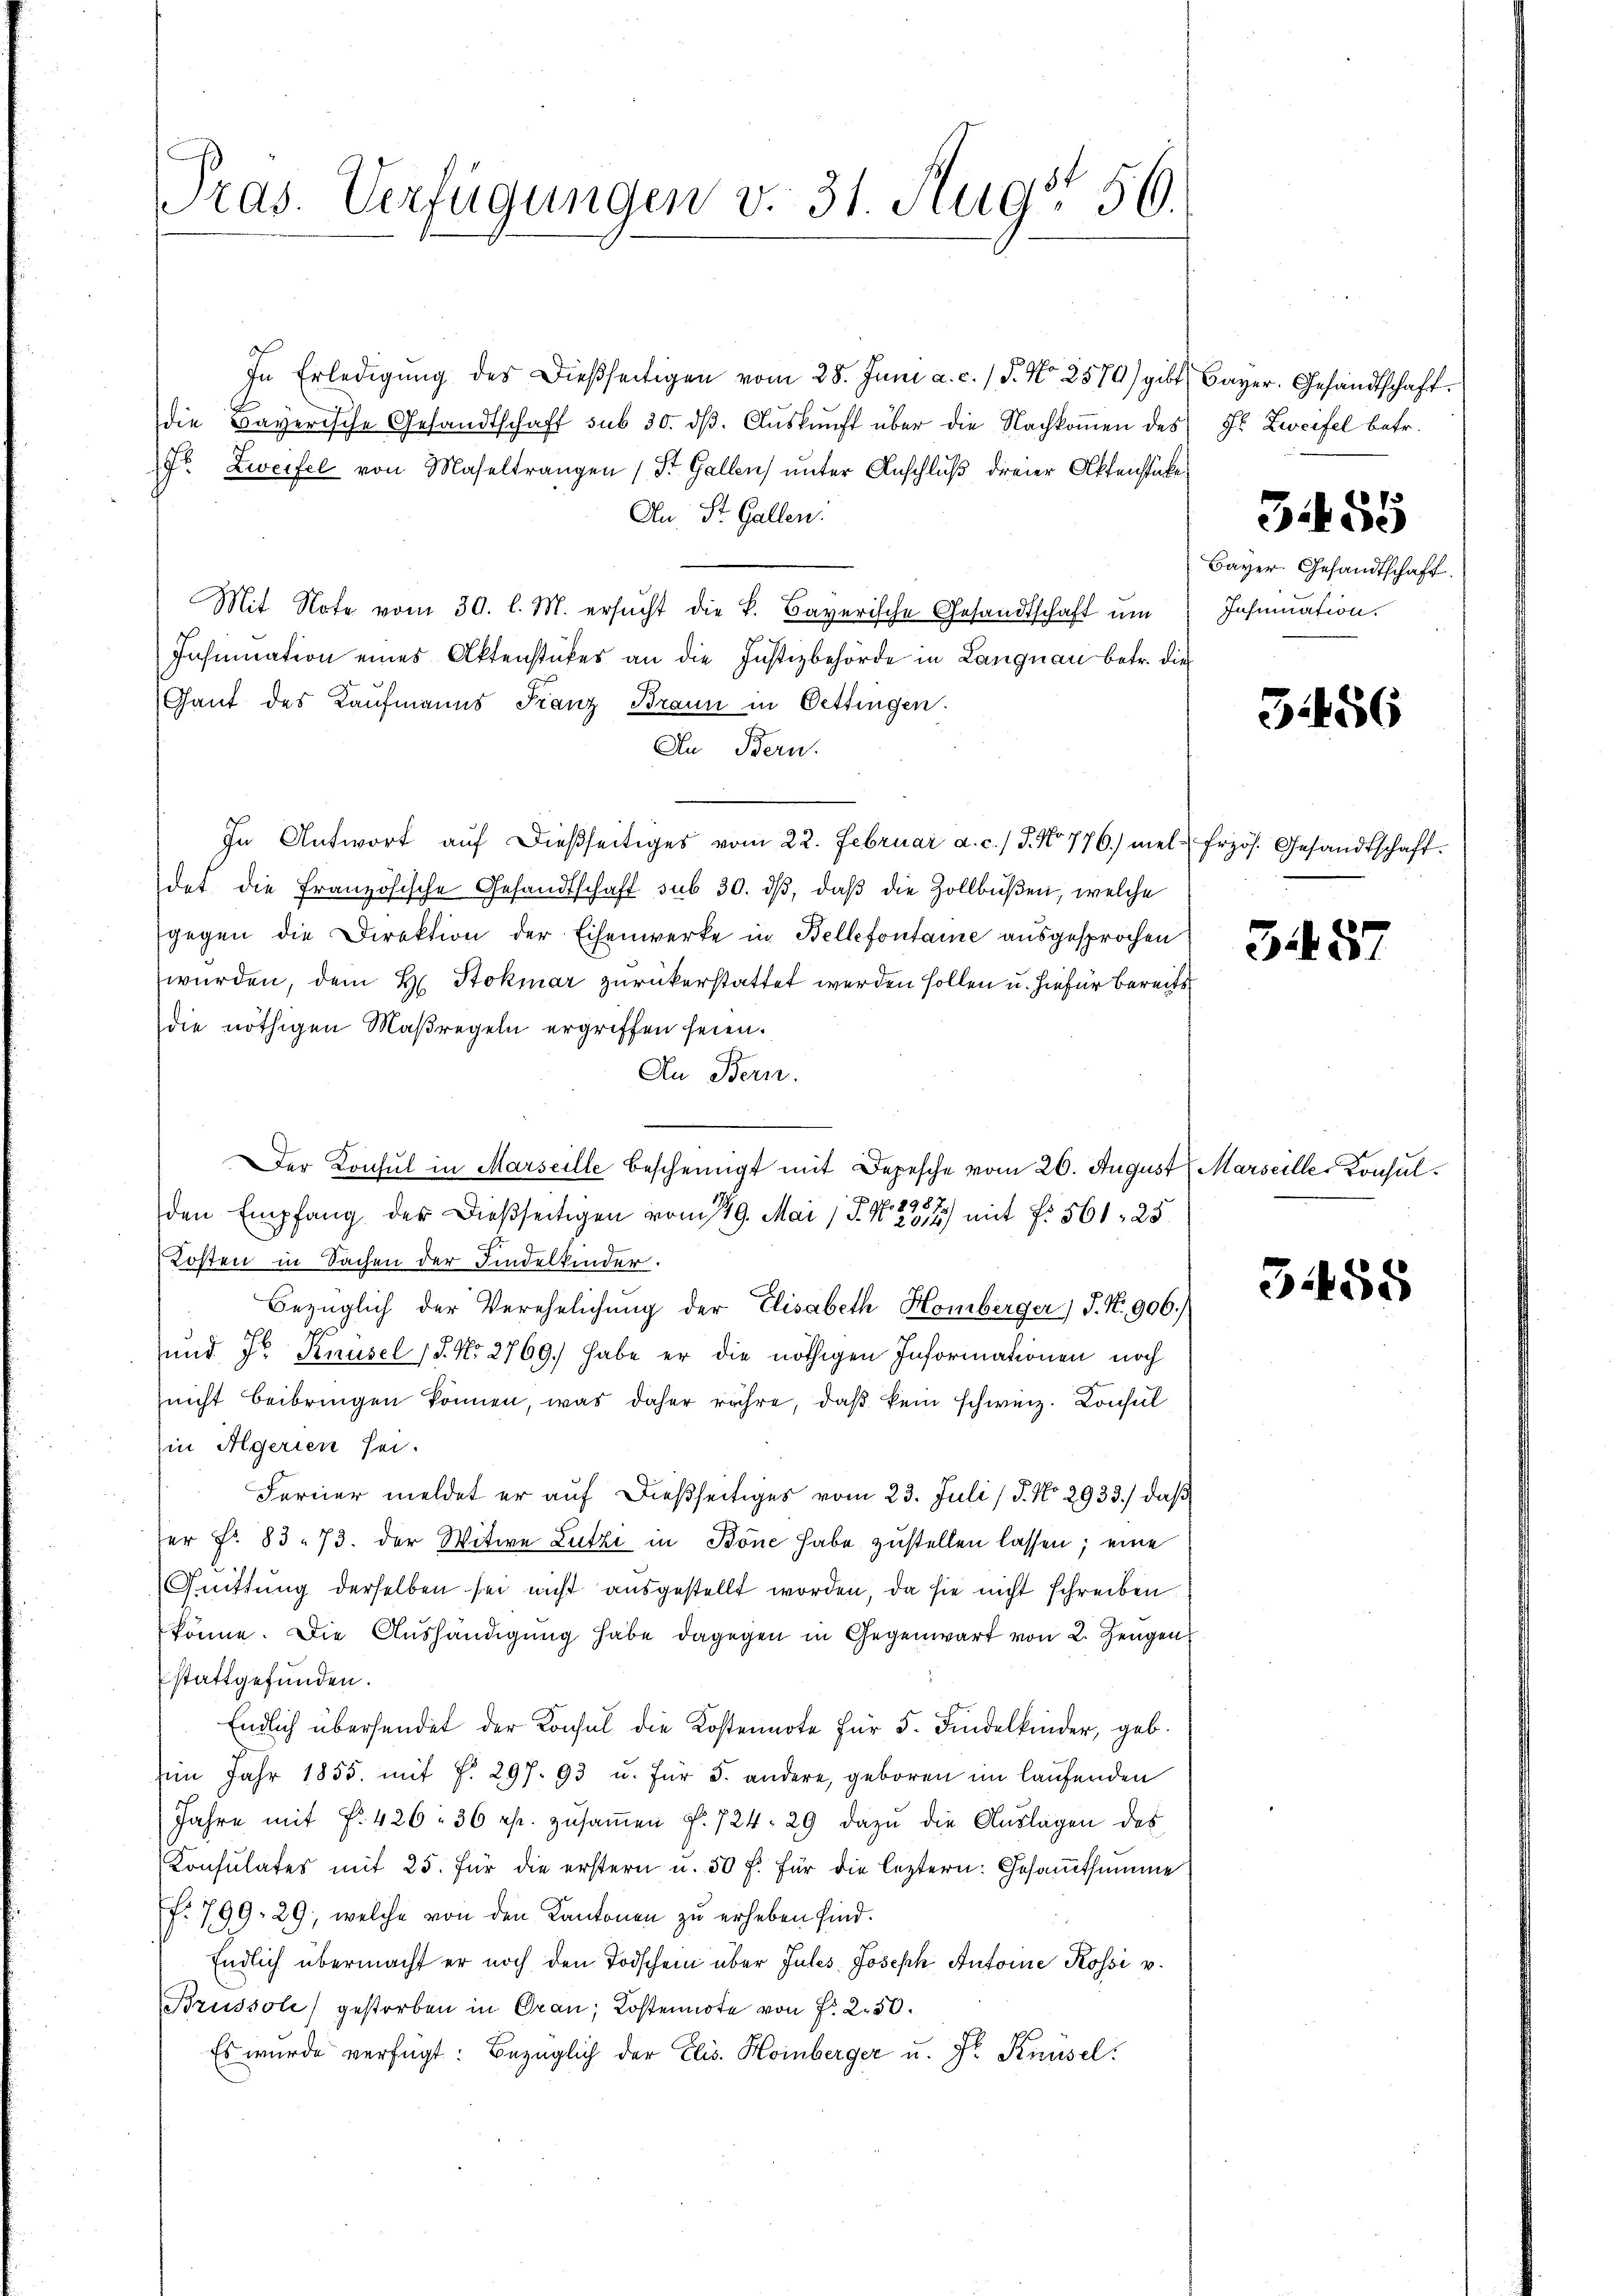
ras. Verfügungen v. 31. Aug' 56.

In Erledigŭng des dießseitigen vom 28. Juni a. c. / P. Nr. 2570) gibt Bayer. Gesandtschaft
die Bayerische Gesandtschaft sub 30. dβ. Aŭskŭnft über die Nachkoṁen des
fr. Zweifel von Maseltrangen (St. Gallen unter Anschluß dreier Aktenstücke
An St. Gallen.
Mit Note vom 30. l. M. ersucht die k. Bayerische Gesandtschaft um
Inhrmation eines Aktenstückes an die Justizbehörde in Langnau betr. die
Gant des Kaufmanns Franz Braun in Oettingen.
In Bern.
In Antwort auf dießseitiges vom 22. Februar a. c. J. No 776.) mel frzös. Gesandtschaft.
det die französische Gesandtschaft sub 30. dβ, daß die Zollbüßen, welche
gegen die Direktion der Eisenwerke in Bellefontaire ausgesprochen
wurden, dem H. Stokmar zurückerstattet werden sollen u. hiefür bereits
die nöthigen Maßregeln ergriffen seien.
An Bern.
Der Konsul in Marseille bescheinigt mit Depesche vom 26. August Marseille Konsulf 898 x
den Empfang der dießseitigen vom 19. Mai (T. S. 2014) mit Fr. 561, 25
Kosten in Sachen der Findelkinder.
Bezüglich der Verehelichung der Elisabeth Homberger) P. Nr. 906.
und dr Knüsel (S. Nr. 2769.) habe er die nöthigen Informationen noch
nicht beibringen können, was daher währe, daß kein schweiz. Konsul
in Algerien sei.
Ferner meldet er auf dießseitiges vom 23. Juli / 5. No 2933.) daß
er Fr. 83. 73. der Witwe Lutze in Bone habe zustellen lassen; eine
Quittung derselben sei nicht ausgestellt worden, da sie nicht schreiben
könne. Die Aushändigung habe dagegen in Gegenwart von 2. Zeugen
stattgefunden.
Endlich übersendet der Konsul die Kostennote für 5. Findelkinder, geb.
im Jahr 1855. mit f. 297. 93 u. für 5. andere, geboren im laufenden
Jahre mit f. 426: 36 rp. zŭsaṁen f. 724. 29 dazu die Auslagen des
Konsulates mit 25. für die erstern u. 50 f. für die leztern: Gesamtsumme
f. 799. 29, welche von den Kantonen zu erheben sind.
Endlich übermacht er noch den Todschein über Jules, Joseph Antoine Kossi v.
Brüssoli) gestorben in Oran; Kostennote von Fr. 250.
Es wurde verfügt: Bezüglich der Elis. Hoinberger u. Fr. Knüsel

H. Zweifel betr.

355

3

Bayer. Gesandtschaft.
Inhumation.

5456

3487

558